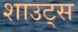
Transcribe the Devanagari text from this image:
शाउट्स